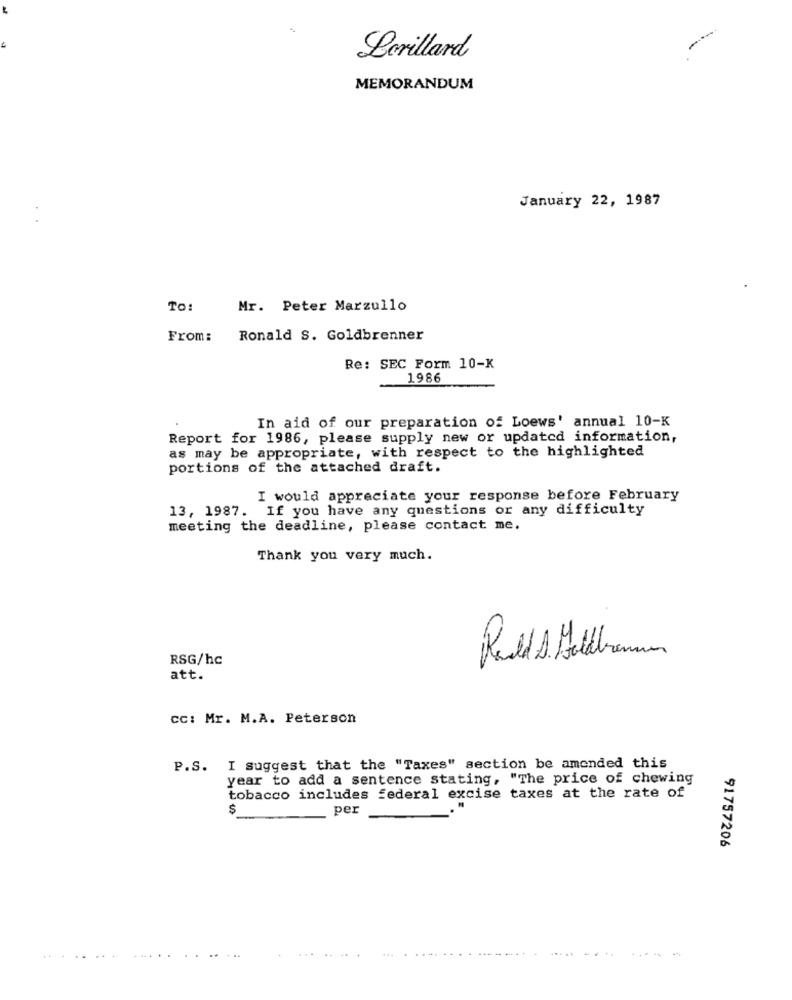
Lorillard
MEMORANDUM
January 22, 1987
TO:
Mr. Peter Marzullo
From:
Ronald S. Goldbrenner
Re: SEC Form 10-K
1986
In aid of our preparation of Loews' annual 10-K
Report for 1986, please supply new or updated information,
as may be appropriate, with respect to the highlighted
portions of the attached draft.
I would appreciate your response before February
13, 1987. If you have any questions or any difficulty
meeting the deadline, please contact me.
Thank you very much.
RSG/hc
Ruds Hidramm
att.
CC: Mr. M.A. Peterson
P.S. I suggest that the "Taxes" section be amended this
year to add a sentence stating, "The price of chewing
tobacco includes federal excise taxes at the rate of
$
per
91757206
.....